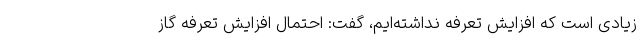
زیادی است که افزایش تعرفه نداشته‌ایم، گفت: احتمال افزایش تعرفه گاز